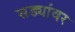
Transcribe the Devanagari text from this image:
सड्यांवर